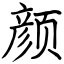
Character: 颜